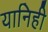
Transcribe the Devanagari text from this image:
यानिही